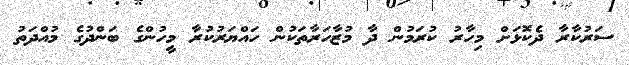
ސަރުކާރާ ދެކޮޅަށް މިހާރު ކުރަމުން ދާ މުޒާހަރާތަކުން ހައްޔަރުކުރާ މީހުންގެ ބަންދުގެ މުއްދަތު